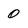
Character: 0